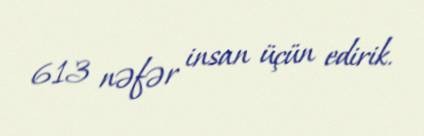
613 nəfər insan üçün edirik.